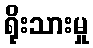
ရိုးသားမှု